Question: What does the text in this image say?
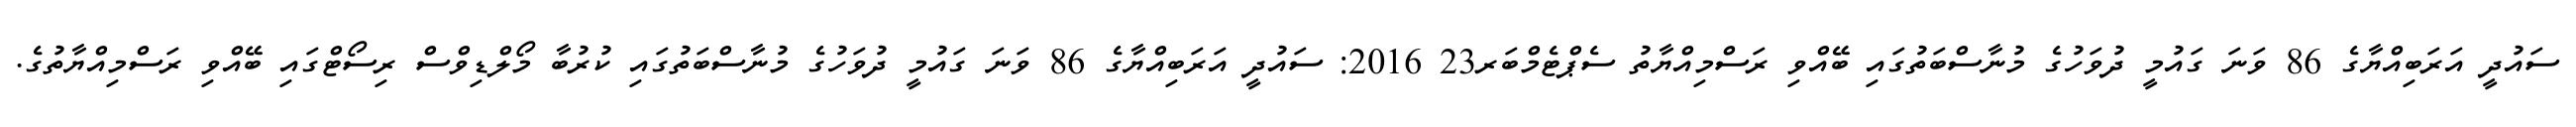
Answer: ސައުދީ އަރަބިއްޔާގެ 86 ވަނަ ގައުމީ ދުވަހުގެ މުނާސްބަތުގައި ބޭއްވި ރަސްމިއްޔާތު ސެޕްޓެމްބަރ23 2016: ސައުދީ އަރަބިއްޔާގެ 86 ވަނަ ގައުމީ ދުވަހުގެ މުނާސްބަތުގައި ކުރުބާ މޯލްޑިވްސް ރިސޯޓްގައި ބޭއްވި ރަސްމިއްޔާތުގެ.